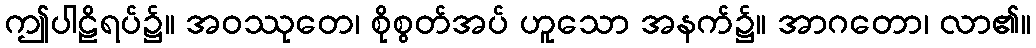
ဤပါဠိရပ်၌။ အဝဿုတေ၊ စိုစွတ်အပ် ဟူသော အနက်၌။ အာဂတော၊ လာ၏။